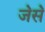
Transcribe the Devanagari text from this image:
ज॓स॓